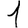
Digit: 1